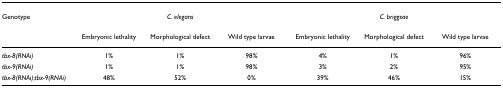
| Genotype | <COLSPAN=3> C. elegans | <COLSPAN=3> C. briggsae |
 | --- | --- | --- | --- | --- | --- | --- |
 |  | Embryonic lethality | Morphological defect | Wild type larvae | Embryonic lethality | Morphological defect | Wild type larvae |
 | tbx-8(RNAi) | 1% | 1% | 98% | 4% | 1% | 96% |
 | tbx-9(RNAi) | 1% | 1% | 98% | 3% | 2% | 95% |
 | tbx-8(RNAi);tbx-9(RNAi) | 48% | 52% | 0% | 39% | 46% | 15% |